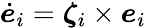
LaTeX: \dot{\boldsymbol{e}}_{i}=\boldsymbol{\zeta}_{i}\times\boldsymbol{e}_{i}